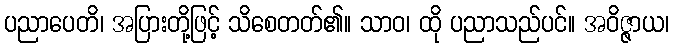
ပညာပေတိ၊ အပြားတို့ဖြင့် သိစေတတ်၏။ သာဝ၊ ထို ပညာသည်ပင်။ အဝိဇ္ဇာယ၊